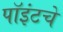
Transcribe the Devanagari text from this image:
पॉइंटचे